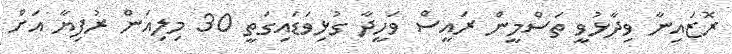
ރޮޒައިނާ ވިދާޅުވީ ތަސްމީން ރައީސް ވަހީދާ ގުޅިވަޑައިގަތީ 30 މިލިއަން ރުފިޔާ އަށް